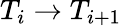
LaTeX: T_{i}\rightarrow T_{i+1}